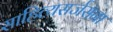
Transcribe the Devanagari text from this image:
साहित्यसर्जसना